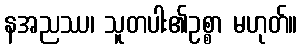
နအညဿ၊ သူတပါး၏ဥစ္စာ မဟုတ်။